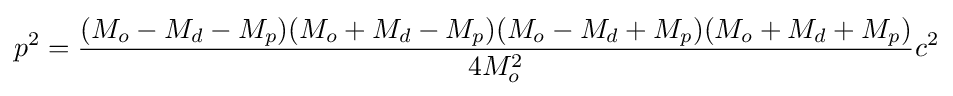
p^{2}={\frac {(M_{o}-M_{d}-M_{p})(M_{o}+M_{d}-M_{p})(M_{o}-M_{d}+M_{p})(M_{o}+M_{d}+M_{p})}{4M_{o}^{2}}}c^{2}